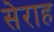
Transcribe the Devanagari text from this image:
सेराह